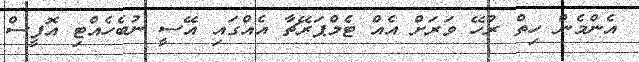
އެންމެން ހިތް ރުހޭ ވަރަށް އެއް ޓެމްޕަރޭޗާ އެއްގައި އޭސީ ނުބެހެއްޓި އޮފީސް